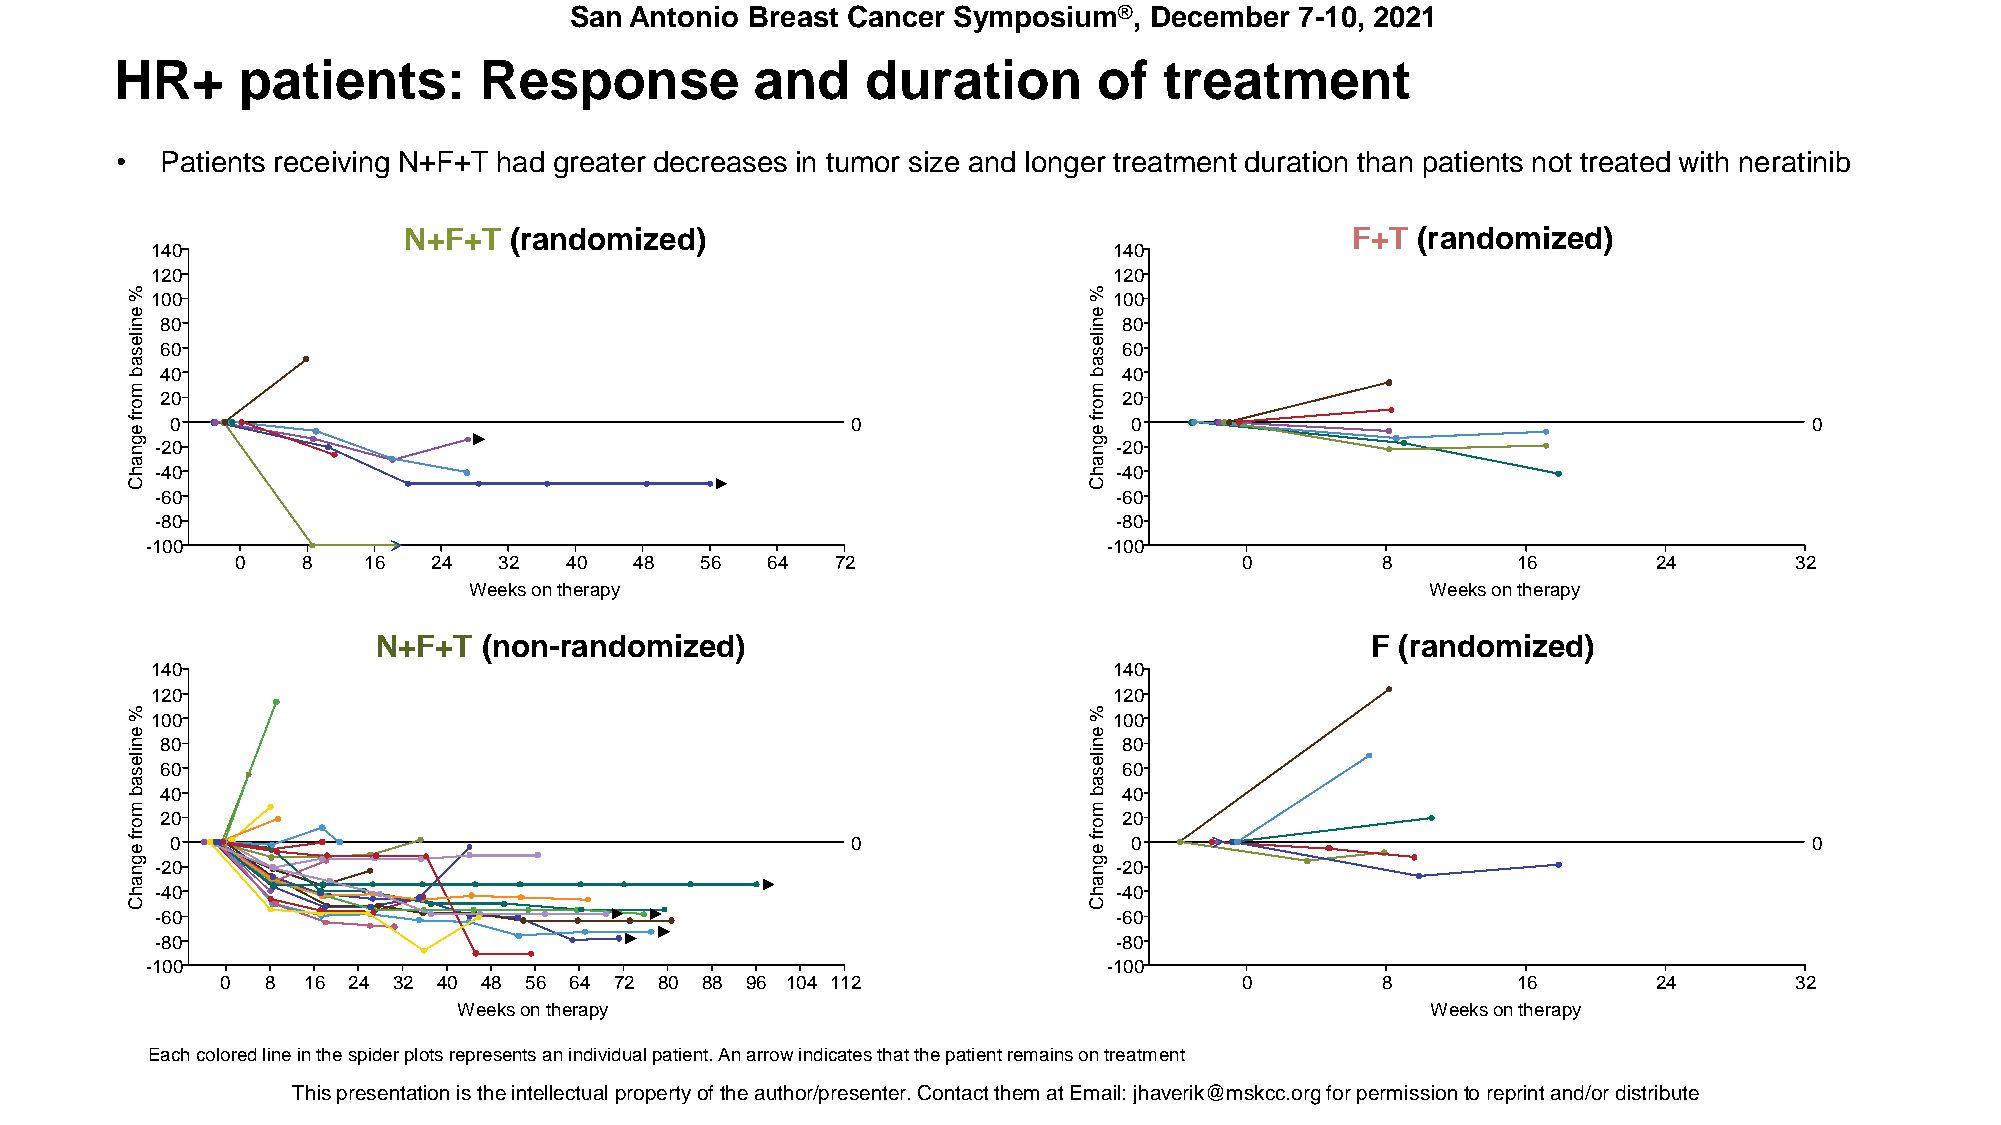
San Antonio Breast Cancer Symposium®, December  7-10, 2021
 HR+     patients:       Response          and    duration        of  treatment
 •  Patients receiving N+F+T had greater decreases in tumor size and longer treatment duration than patients not treated with neratinib
 N+F+T  (randomized)                                           F+T  (randomized)
 140                                                             140
 120                                                             120
 %                                                               %
 100                                                             100
 e                                                               e
 n  80                                                           n 80
 ile
 s  60
 ile
 s 60
 a                                                               a
 b  40                                                           b 40
 m                                                               m
 20                                                             20
 o                                                               o
 rf
 e
 0                                            0
 rf
 e
 0                                            0
 g n -20                                                         g n -20
 a                                                               a
 h -40                                                           h -40
 C                                                               C
 -60                                                             -60
 -80                                                             -80
 -100                                                           -100
 0   8   16   24  32  40   48  56   64  72                         0        8        16        24       32
 Weeks on therapy                                                Weeks on therapy
 N+F+T  (non-randomized)                                           F (randomized)
 140                                                             140
 120                                                             120
 %                                                               %
 100                                                             100
 e                                                               e
 n  80                                                           n 80
 ile
 s  60
 ile
 s 60
 a                                                               a
 b  40                                                           b 40
 m                                                               m
 20                                                             20
 o                                                               o
 rf
 e
 0                                            0
 rf
 e
 0                                            0
 g n -20                                                         g n -20
 a                                                               a
 h -40                                                           h -40
 C                                                               C
 -60                                                             -60
 -80                                                             -80
 -100                                                           -100
 0  8 16 24 32 40 48 56 64 72 80 88 96 104 112                      0        8        16        24       32
 Weeks on therapy                                                 Weeks on therapy
 Each colored line in the spider plots represents an individual patient. An arrow indicates that the patient remains on treatment
 This presentaTthioisn p irse stehnet aintiotenl liesc tthuea iln pterlolepceturtayl porfo ptheert ya ouft hthoer /apurtehsoer/nptreers.e Cntoenr.t aCcotn ttahcetm th eamt aXtX EXmXXaiXl: XjhXaXvXeXriXk@XXm@skXcXcX.oXrXgX foXr. EpDerUmifsosri opnetrom reispsriionnt atnod r/oerp driinsttr iabuntde/or distribute.